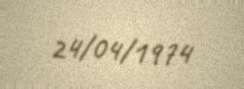
24/04/1974